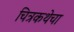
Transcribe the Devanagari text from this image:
चित्रकथेचा